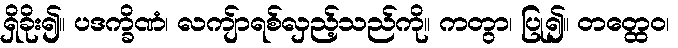
ရှိခိုး၍။ ပဒက္ခိဏံ၊ လကျ်ာရစ်လှည့်သည်ကို။ ကတွာ၊ ပြု၍။ တတ္ထေဝ၊